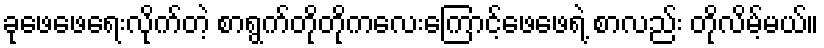
ခုဖေဖေရေးလိုက်တဲ့ စာရွက်တိုတိုကလေးကြောင့်ဖေဖေရဲ့ စာလည်း တိုလိမ့်မယ်။